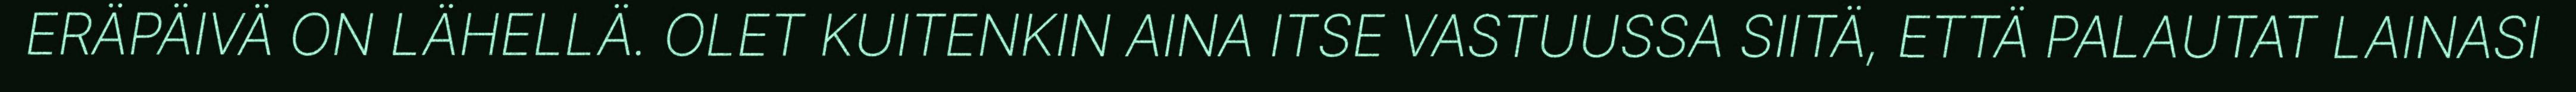
ERÄPÄIVÄ ON LÄHELLÄ. OLET KUITENKIN AINA ITSE VASTUUSSA SIITÄ, ETTÄ PALAUTAT LAINASI